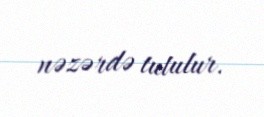
nəzərdə tutulur.